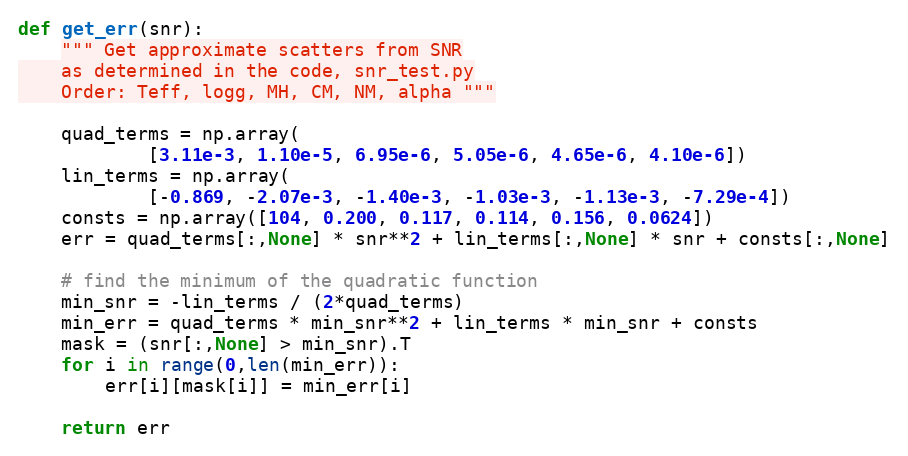
Language: Python
def get_err(snr):
    """ Get approximate scatters from SNR
    as determined in the code, snr_test.py
    Order: Teff, logg, MH, CM, NM, alpha """

    quad_terms = np.array(
            [3.11e-3, 1.10e-5, 6.95e-6, 5.05e-6, 4.65e-6, 4.10e-6])
    lin_terms = np.array(
            [-0.869, -2.07e-3, -1.40e-3, -1.03e-3, -1.13e-3, -7.29e-4])
    consts = np.array([104, 0.200, 0.117, 0.114, 0.156, 0.0624])
    err = quad_terms[:,None] * snr**2 + lin_terms[:,None] * snr + consts[:,None]

    # find the minimum of the quadratic function
    min_snr = -lin_terms / (2*quad_terms)
    min_err = quad_terms * min_snr**2 + lin_terms * min_snr + consts
    mask = (snr[:,None] > min_snr).T
    for i in range(0,len(min_err)):
        err[i][mask[i]] = min_err[i]

    return err